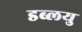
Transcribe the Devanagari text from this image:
डब्लयु